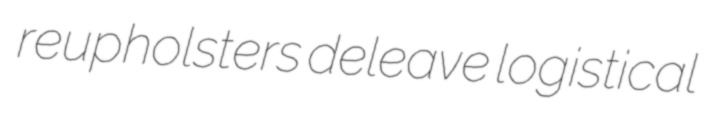
reupholsters deleave logistical